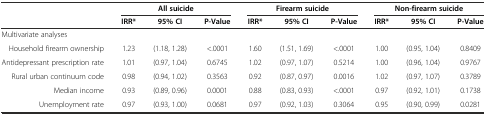
<table><thead><tr><td></td><td colspan="3"><b>All suicide</b></td><td colspan="3"><b>Firearm suicide</b></td><td colspan="3"><b>Non-firearm suicide</b></td></tr><tr><td></td><td><b>IRR*</b></td><td><b>95% CI</b></td><td><b>P-Value</b></td><td><b>IRR*</b></td><td><b>95% CI</b></td><td><b>P-Value</b></td><td><b>IRR*</b></td><td><b>95% CI</b></td><td><b>P-Value</b></td></tr></thead><tbody><tr><td>Multivariate analyses</td><td></td><td></td><td></td><td></td><td></td><td></td><td></td><td></td><td></td></tr><tr><td>Household firearm ownership</td><td>1.23</td><td>(1.18, 1.28)</td><td>&lt;.0001</td><td>1.60</td><td>(1.51, 1.69)</td><td>&lt;.0001</td><td>1.00</td><td>(0.95, 1.04)</td><td>0.8409</td></tr><tr><td>Antidepressant prescription rate</td><td>1.01</td><td>(0.97, 1.04)</td><td>0.6745</td><td>1.02</td><td>(0.97, 1.07)</td><td>0.5214</td><td>1.00</td><td>(0.96, 1.04)</td><td>0.9767</td></tr><tr><td>Rural urban continuum code</td><td>0.98</td><td>(0.94, 1.02)</td><td>0.3563</td><td>0.92</td><td>(0.87, 0.97)</td><td>0.0016</td><td>1.02</td><td>(0.97, 1.07)</td><td>0.3789</td></tr><tr><td>Median income</td><td>0.93</td><td>(0.89, 0.96)</td><td>0.0001</td><td>0.88</td><td>(0.83, 0.93)</td><td>&lt;.0001</td><td>0.97</td><td>(0.92, 1.01)</td><td>0.1738</td></tr><tr><td>Unemployment rate</td><td>0.97</td><td>(0.93, 1.00)</td><td>0.0681</td><td>0.97</td><td>(0.92, 1.03)</td><td>0.3064</td><td>0.95</td><td>(0.90, 0.99)</td><td>0.0281</td></tr></tbody></table>